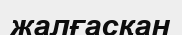
жалғасқан